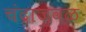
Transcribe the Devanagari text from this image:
चंद्राजवळ